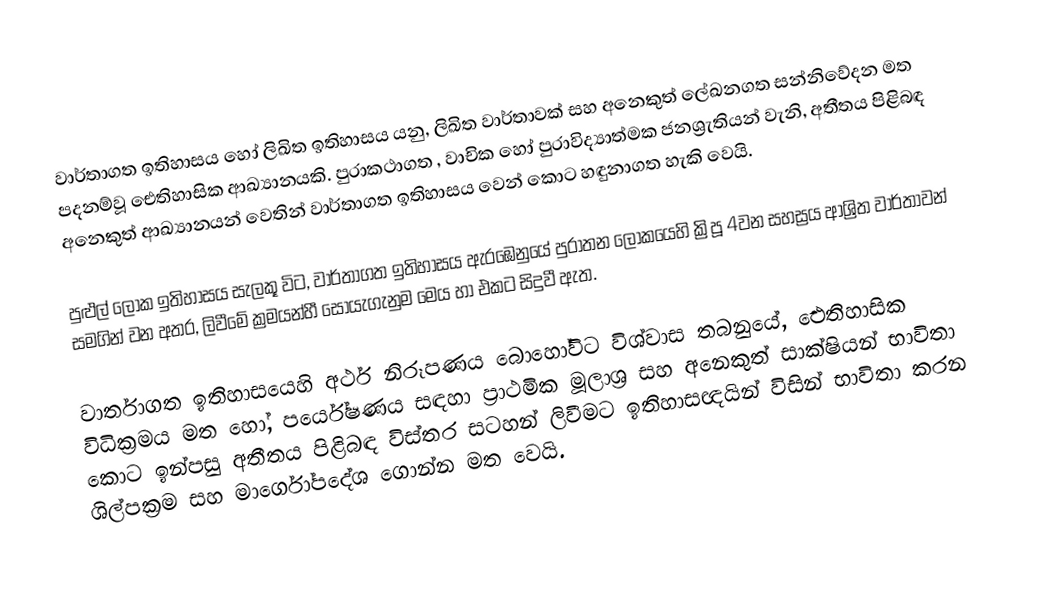
වාර්තාගත ඉතිහාසය හෝ ලිඛිත ඉතිහාසය යනු, ලිඛිත වාර්තාවක් සහ අනෙකුත් ලේඛනගත සන්නිවේදන මත පදනම්වූ   ඓතිහාසික ආඛ්‍යානයකි.  පුරාකථාගත ,  වාචික හෝ පුරාවිද්‍යාත්මක ජනශ්‍රැතියන් වැනි, අතීතය පිළිබඳ අනෙකුත් ආඛ්‍යානයන් වෙතින් වාර්තාගත ඉතිහාසය වෙන් කොට හඳුනාගත හැකි වෙයි.

පුළුල් ලෝක ඉතිහාසය සැලකූ විට, වාර්තාගත ඉතිහාසය ඇරඹෙනුයේ  පුරාතන ලෝකයෙහි ක්‍රිපූ 4වන සහස්‍රය ආශ්‍රිත වාර්තාවන් සමගින් වන අතර, ලිවීමේ ක්‍රමයන්හී සොයැගැනුම මෙය හා එකට සිදුවී ඇත.

වාර්තාගත ඉතිහාසයෙහි අර්ථ නිරූපණය බොහෝවිට විශ්වාස තබනුයේ,  ‍ඓතිහාසික විධික‍්‍රමය මත හෝ, පර්යේෂණය සඳහා  ප‍්‍රාථමික මූලාශ‍්‍ර සහ අනෙකුත් සාක්ෂියන් භාවිතා කොට ඉන්පසු අතීතය පිළිබඳ විස්තර සටහන් ලිවීමට ඉතිහාසඥයින් විසින් භාවිතා කරන ශිල්පක්‍රම සහ  මාර්ගෝපදේශ ගොන්න මත වෙයි.